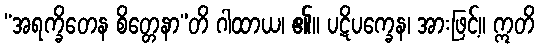
“အရက္ခိတေန စိတ္တေနာ”တိ ဂါထာယ၊ ၏။ ပဋိပက္ခေန၊ အားဖြင့်။ ဣတိ